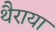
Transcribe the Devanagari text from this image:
थैराया